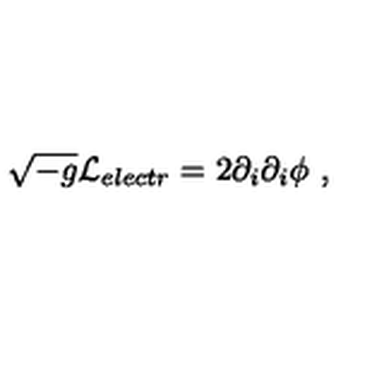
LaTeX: \sqrt { - g } { \cal L } _ { e l e c t r } = 2 \partial _ { i } \partial _ { i } \phi \ ,